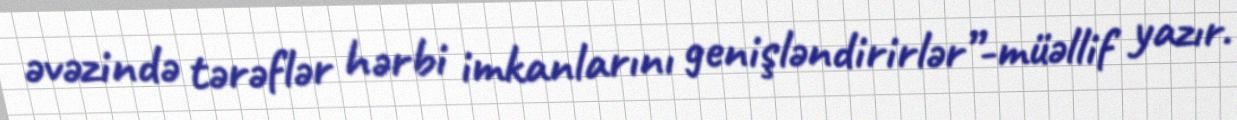
əvəzində tərəflər hərbi imkanlarını genişləndirirlər”-müəllif yazır.